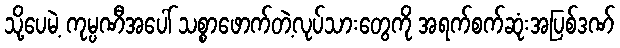
သို့ပေမဲ့ ကုမ္ပဏီအပေါ် သစ္စာဖောက်တဲ့လုပ်သားတွေကို အရက်စက်ဆုံးအပြစ်ဒဏ်